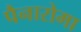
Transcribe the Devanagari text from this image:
पैनारोमा